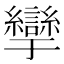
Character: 𰫹